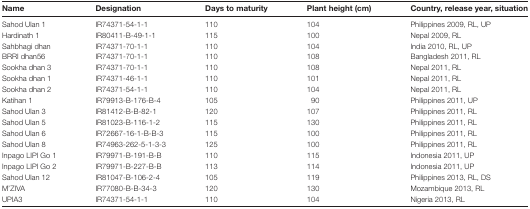
<table><thead><tr><td><b>Name</b></td><td><b>Designation</b></td><td><b>Days to maturity</b></td><td><b>Plant height (cm)</b></td><td><b>Country, release year, situation</b></td></tr></thead><tbody><tr><td>Sahod Ulan 1</td><td>IR74371-54-1-1</td><td>110</td><td>104</td><td>Philippines 2009, RL, UP</td></tr><tr><td>Hardinath 1</td><td>IR80411-B-49-1-1</td><td>115</td><td>100</td><td>Nepal 2009, RL</td></tr><tr><td>Sahbhagi dhan</td><td>IR74371-70-1-1</td><td>110</td><td>104</td><td>India 2010, RL, UP</td></tr><tr><td>BRRI dhan56</td><td>IR74371-70-1-1</td><td>110</td><td>108</td><td>Bangladesh 2011, RL</td></tr><tr><td>Sookha dhan 3</td><td>IR74371-70-1-1</td><td>110</td><td>108</td><td>Nepal 2011, RL</td></tr><tr><td>Sookha dhan 1</td><td>IR74371-46-1-1</td><td>110</td><td>101</td><td>Nepal 2011, RL</td></tr><tr><td>Sookha dhan 2</td><td>IR74371-54-1-1</td><td>110</td><td>104</td><td>Nepal 2011, RL</td></tr><tr><td>Katihan 1</td><td>IR79913-B-176-B-4</td><td>105</td><td>90</td><td>Philippines 2011, UP</td></tr><tr><td>Sahod Ulan 3</td><td>IR81412-B-B-82-1</td><td>120</td><td>107</td><td>Philippines 2011, RL</td></tr><tr><td>Sahod Ulan 5</td><td>IR81023-B-116-1-2</td><td>115</td><td>130</td><td>Philippines 2011, RL</td></tr><tr><td>Sahod Ulan 6</td><td>IR72667-16-1-B-B-3</td><td>115</td><td>100</td><td>Philippines 2011, RL</td></tr><tr><td>Sahod Ulan 8</td><td>IR74963-262-5-1-3-3</td><td>125</td><td>100</td><td>Philippines 2011, RL</td></tr><tr><td>Inpago LIPI Go 1</td><td>IR79971-B-191-B-B</td><td>110</td><td>115</td><td>Indonesia 2011, UP</td></tr><tr><td>Inpago LIPI Go 2</td><td>IR79971-B-227-B-B</td><td>113</td><td>114</td><td>Indonesia 2011, UP</td></tr><tr><td>Sahod Ulan 12</td><td>IR81047-B-106-2-4</td><td>105</td><td>119</td><td>Philippines 2013, RL, DS</td></tr><tr><td>M’ZIVA</td><td>IR77080-B-B-34-3</td><td>120</td><td>130</td><td>Mozambique 2013, RL</td></tr><tr><td>UPIA3</td><td>IR74371-54-1-1</td><td>110</td><td>104</td><td>Nigeria 2013, RL</td></tr></tbody></table>